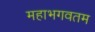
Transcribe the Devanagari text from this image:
महाभगवतम